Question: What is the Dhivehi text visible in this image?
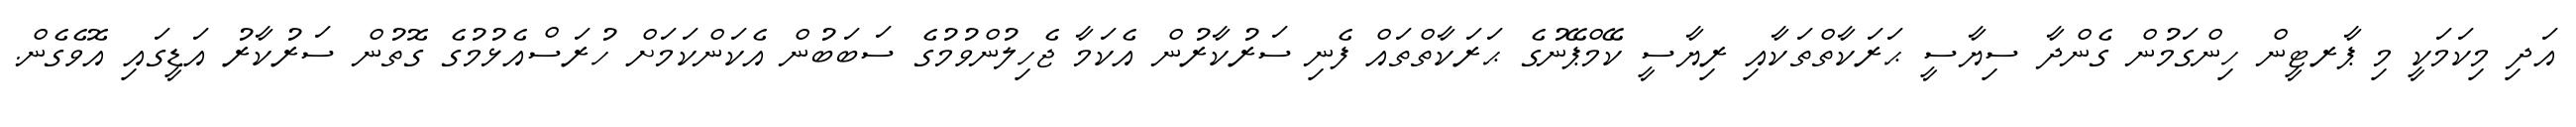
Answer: އަދި މިކަމަކީ މި ޕާރޓީން ހިންގަމުން ގެންދާ ސިޔާސީ ޙަރަކާތްތަކާއި ރިޔާސީ ކޭމްޕޭނުގެ ޙަރަކާތްތައް ފެނި ސަރުކާރުން އެކަމާ ޖެހިލުންވުމުގެ ސަބަބުން އެކަންކަމަށް ހުރަސްއެޅުމުގެ ގޮތުން ސަރުކާރު އަޑީގައި އޮވެގެން.